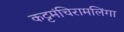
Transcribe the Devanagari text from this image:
कट्टमंचिरामलिंगा